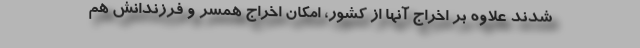
شدند علاوه ‌بر اخراج آنها از کشور، امکان اخراج همسر و فرزندانش هم